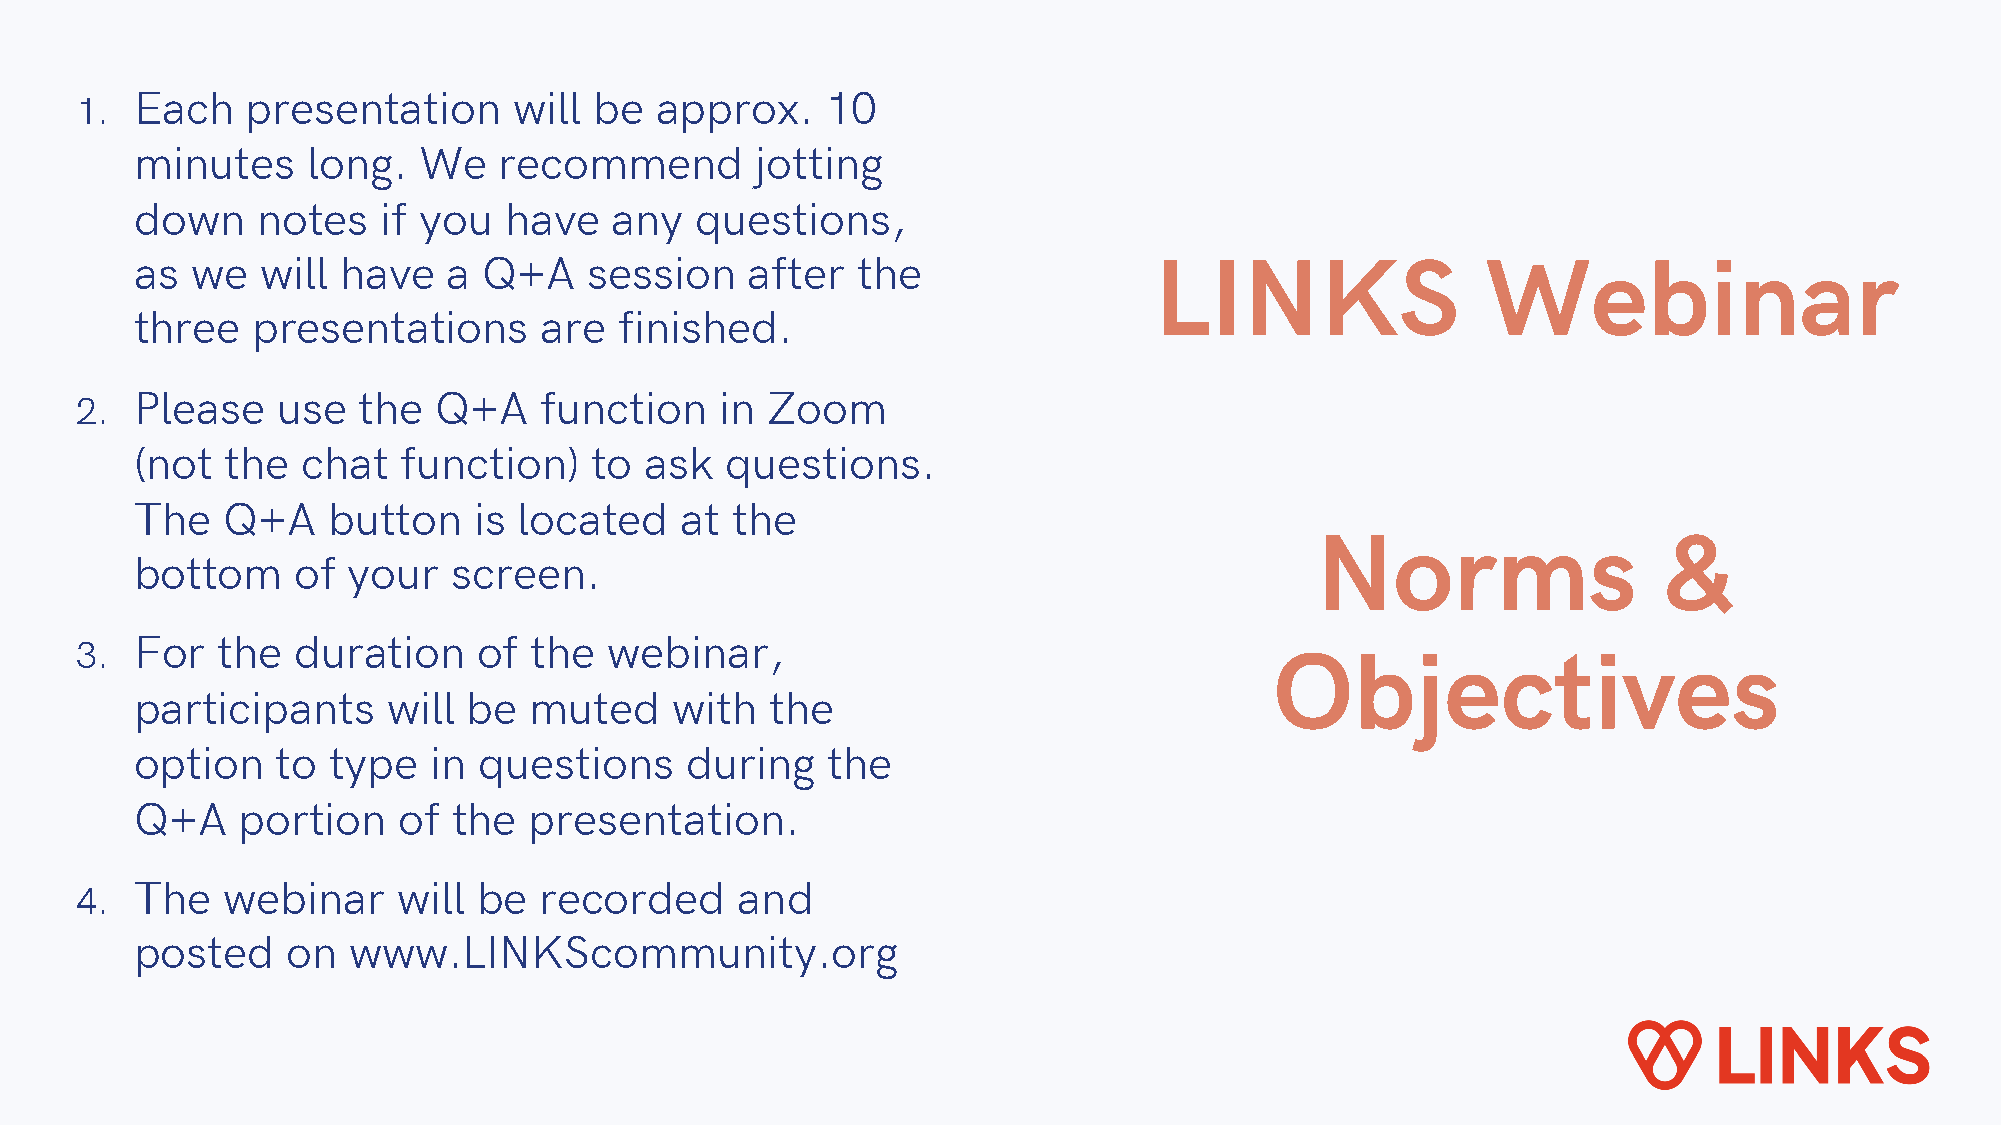
1.  Each   presentation      will be  approx.     10
 minutes    long.   We   recommend        jotting
 down    notes   if you  have    any  questions,
 as  we  will  have   a Q+A    session    after  the                LINKS                 Webinar
 three   presentations      are  finished.
 2.  Please   use   the  Q+A    function    in Zoom
 (not  the  chat   function)   to  ask  questions.
 The   Q+A    button   is located    at the
 Norms                  &
 bottom     of your   screen.
 3.  For  the  duration     of the  webinar,
 Objectives
 participants     will be  muted     with  the
 option   to  type  in  questions    during    the
 Q+A    portion   of  the  presentation.
 4.  The   webinar    will  be  recorded     and
 posted    on  www.LINKScommunity.org